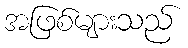
အဖြစ်များသည်